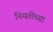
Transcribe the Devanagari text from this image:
नियतीच्या